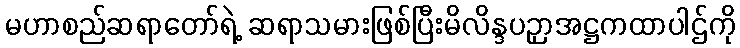
မဟာစည်ဆရာတော်ရဲ့ ဆရာသမားဖြစ်ပြီးမိလိန္ဒပဉှာအဋ္ဌကထာပါဌ်ကို